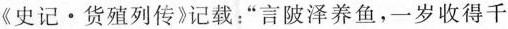
《史记 · 货殖列传》记载：“言陂泽养鱼，一岁收得千